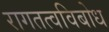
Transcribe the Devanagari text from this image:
रागतत्वविबोध